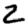
Digit: 2